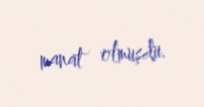
manat olmuşdu.